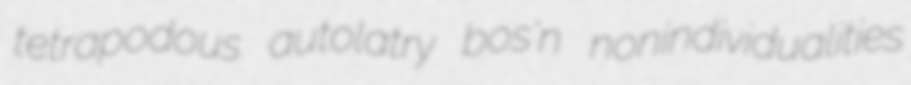
tetrapodous autolatry bos'n nonindividualities